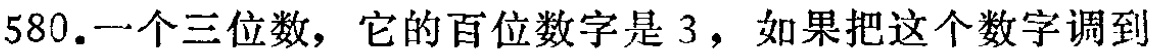
580.一个三位数，它的百位数字是 3，如果把这个数字调到